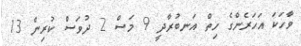
ވާހަކަ އަހަރެންގެ ހިތް އަނބުރާދީ 9 މަސް 2 ދުވަސް ކުރިން 13